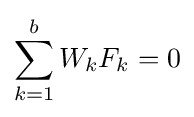
\sum _{k=1}^{b}W_{k}F_{k}=0